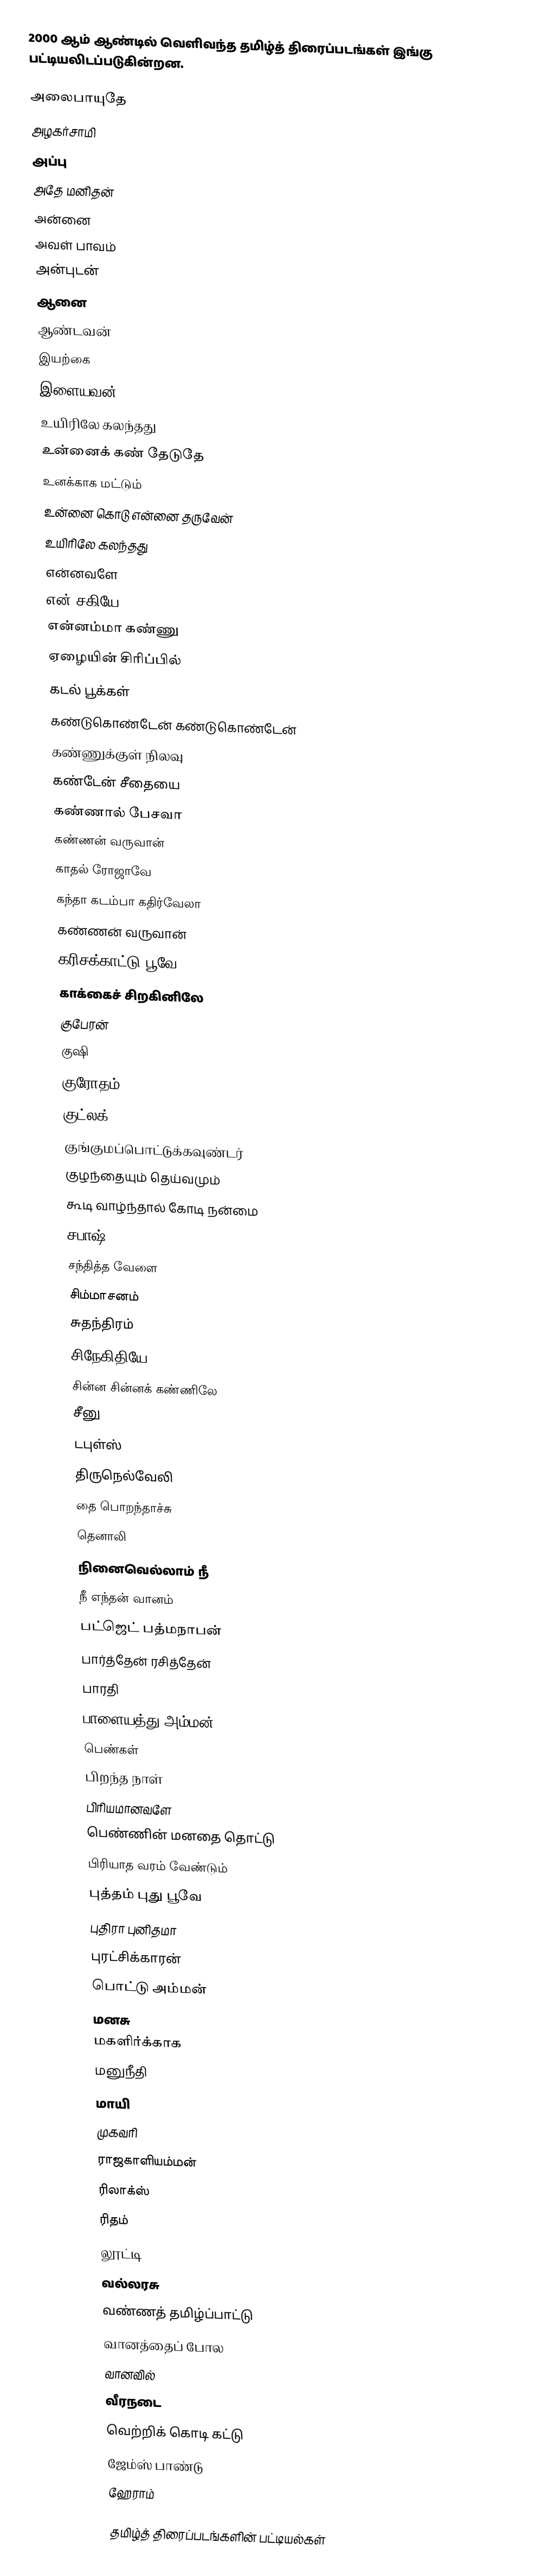
2000 ஆம் ஆண்டில் வெளிவந்த தமிழ்த் திரைப்படங்கள் இங்கு பட்டியலிடப்படுகின்றன.

அலைபாயுதே
அழகர்சாமி
அப்பு
அதே மனிதன்
அன்னை
அவள் பாவம்
அன்புடன்
ஆனை
ஆண்டவன்
இயற்கை
இளையவன்
உயிரிலே கலந்தது
உன்னைக் கண் தேடுதே
உனக்காக மட்டும்
உன்னை கொடு என்னை தருவேன்
உயிரிலே கலந்தது
என்னவளே
என் சகியே
என்னம்மா கண்ணு
ஏழையின் சிரிப்பில்
கடல் பூக்கள்
கண்டுகொண்டேன் கண்டுகொண்டேன்
கண்ணுக்குள் நிலவு
கண்டேன் சீதையை
கண்ணால் பேசவா
கண்ணன் வருவான்
காதல் ரோஜாவே
கந்தா கடம்பா கதிர்வேலா
கண்ணன் வருவான்
கரிசக்காட்டு பூவே
காக்கைச் சிறகினிலே
குபேரன்
குஷி
குரோதம் 2
குட்லக்
குங்குமப்பொட்டுக்கவுண்டர்
குழந்தையும் தெய்வமும்
கூடி வாழ்ந்தால் கோடி நன்மை
சபாஷ்
சந்தித்த வேளை
சிம்மாசனம்
சுதந்திரம்
சிநேகிதியே
சின்ன சின்னக் கண்ணிலே
சீனு
டபுள்ஸ்
திருநெல்வேலி
தை பொறந்தாச்சு
தெனாலி
நினைவெல்லாம் நீ
நீ எந்தன் வானம்
பட்ஜெட் பத்மநாபன்
பார்த்தேன் ரசித்தேன்
பாரதி
பாளையத்து அம்மன்
பெண்கள்
பிறந்த நாள்
பிரியமானவளே
பெண்ணின் மனதை தொட்டு
பிரியாத வரம் வேண்டும்
புத்தம் புது பூவே
புதிரா புனிதமா
புரட்சிக்காரன்
பொட்டு அம்மன்
மனசு
மகளிர்க்காக
மனுநீதி
மாயி
முகவரி
ராஜகாளியம்மன்
ரிலாக்ஸ்
ரிதம்
லூட்டி
வல்லரசு
வண்ணத் தமிழ்ப்பாட்டு
வானத்தைப் போல
வானவில்
வீரநடை
வெற்றிக் கொடி கட்டு
ஜேம்ஸ் பாண்டு
ஹேராம்

தமிழ்த் திரைப்படங்களின் பட்டியல்கள்